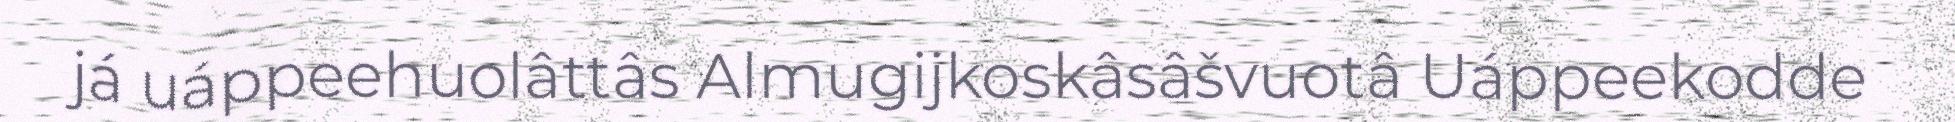
já uáppeehuolâttâs Almugijkoskâsâšvuotâ Uáppeekodde